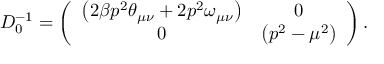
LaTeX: { \cal D } _ { 0 } ^ { - 1 } = \left( \begin{array} { c c } { { \left( 2 \beta p ^ { 2 } \theta _ { \mu \nu } + 2 p ^ { 2 } \omega _ { \mu \nu } \right) } } & { { 0 } } \\ { { 0 } } & { { \left( p ^ { 2 } - \mu ^ { 2 } \right) } } \end{array} \right) \mathrm { { . } }